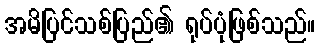
အမိပြင်သစ်ပြည်၏ ရုပ်ပုံဖြစ်သည်။